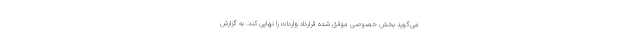
می‌گوید بخش خصوصی موفق شده قرارداد واردات را نهایی کند. به گزارش